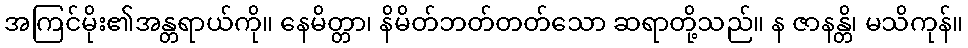
အကြင်မိုး၏အန္တရာယ်ကို။ နေမိတ္တာ၊ နိမိတ်ဘတ်တတ်သော ဆရာတို့သည်။ န ဇာနန္တိ၊ မသိကုန်။